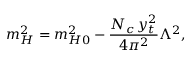
m _ { H } ^ { 2 } = m _ { H 0 } ^ { 2 } - { \frac { N _ { c } \, y _ { t } ^ { 2 } } { 4 \pi ^ { 2 } } } \Lambda ^ { 2 } ,